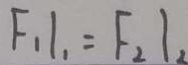
F _ { 1 } 1 _ { 1 } = F _ { 2 } 1 _ { 2 }